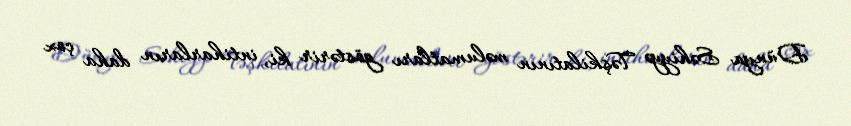
Dünya Səhiyyə Təşkilatının məlumatları göstərir ki, intiharların daha çox